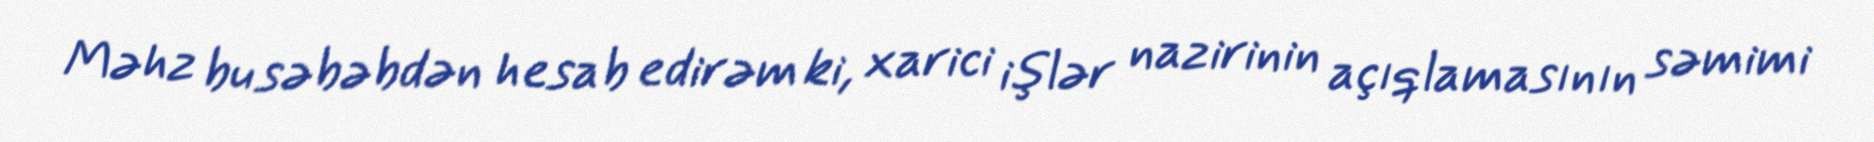
Məhz bu səbəbdən hesab edirəm ki, xarici işlər nazirinin açıqlamasının səmimi